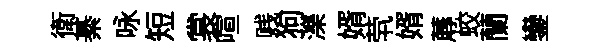
衛綦咏短裳喧贱狗濼婿茕婿蓐蛟蘭鑾